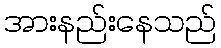
အားနည်းနေသည်